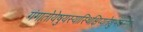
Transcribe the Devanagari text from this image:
गंगातोयेषुयस्यास्थिक्षिप्यतेशुभकर्मणः